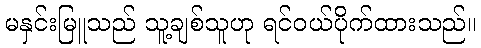
မနှင်းမြူသည် သူ့ချစ်သူဟု ရင်ဝယ်ပိုက်ထားသည်။